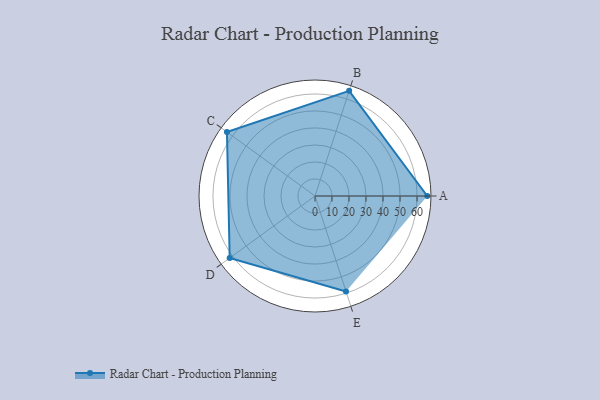
{"axis": {"x": "Skill", "y": "Score"}, "legend": ["Profile"], "data": [{"x": "A", "y": 66.0, "type": "Profile"}, {"x": "B", "y": 65.0, "type": "Profile"}, {"x": "C", "y": 64.0, "type": "Profile"}, {"x": "D", "y": 62.0, "type": "Profile"}, {"x": "E", "y": 59.0, "type": "Profile"}]}